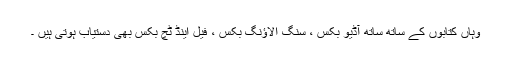
وہاں کتابوں کے ساتھ ساتھ آڈیو بکس ، سنگ الاؤنگ بکس ، فیل اینڈ ٹچ بکس بھی دستیاب ہوتی ہیں ۔